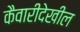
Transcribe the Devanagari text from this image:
कैवारीदेखील